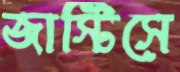
জাস্টিসে